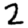
Digit: 2